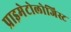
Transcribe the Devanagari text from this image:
प्राइमेटोलोजिस्ट